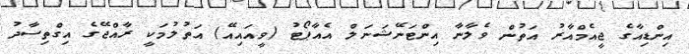
އިންޑިއާގެ ޖީއެމްއާރު އަތުން ވެލާނާ އިންޓަނޭޝަނަލް އެއާޕޯޓު (ވީއައިއޭ) އަތުލުމަކީ ރާއްޖޭގެ އިގްތިސާދު